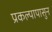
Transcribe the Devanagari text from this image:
प्रकल्पापासुन